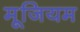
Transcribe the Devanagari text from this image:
मूजियम